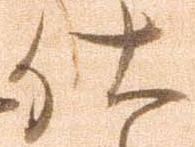
仕